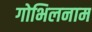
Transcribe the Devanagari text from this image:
गोभिलनाम